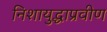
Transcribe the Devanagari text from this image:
निशायुद्धाप्रवीण